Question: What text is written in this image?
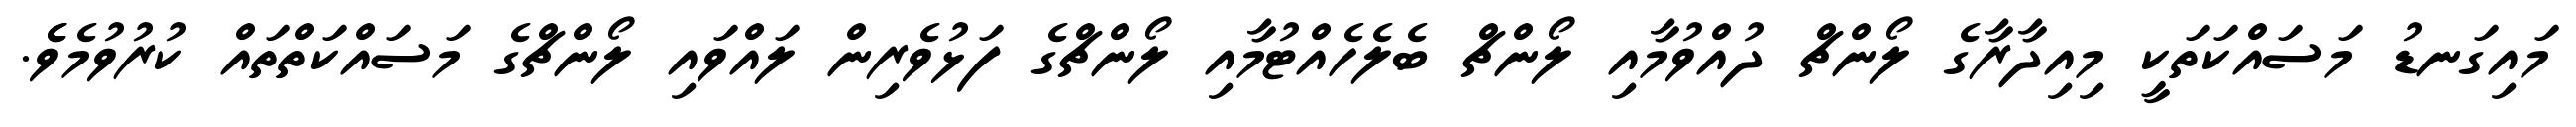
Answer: މައިގަނޑު މަސައްކަތަކީ މިއިދާރާގެ ލޯންޗް ދުއްވުމާއި ލޯންޗް ބެލެހެއްޓުމާއި ލޯންޗްގެ ފަޅުވެރިން ލައްވައި ލޯންޗްގެ މަސައްކަތްތައް ކުރުވުމެވެެ.